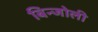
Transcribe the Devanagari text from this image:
बिन्जोली